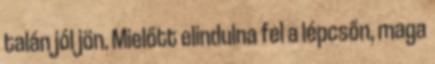
talán jól jön. Mielőtt elindulna fel a lépcsőn, maga